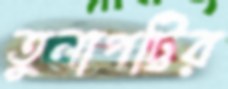
তুলাপট্টির